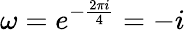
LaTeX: \omega=e^{-{\frac{2\pi i}{4}}}=-i